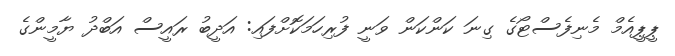
ޕީޕީއެމް މެނިފެސްޓޯގެ ގިނަ ކަންކަން ވަނީ ފުރިހަމަކޮށްފައި: އަދީބު ރައީސް އަބްދު ޔާމީންގެ